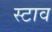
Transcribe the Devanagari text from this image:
स्टाव